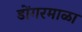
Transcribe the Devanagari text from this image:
डोंगरमाळा